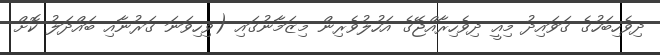
ދިވެހިބަހުގެ ގަވައިދު މިއީ ދިވެހިރާއްޖޭގެ އަހުލުވެރިން މިޒަމާނުގައި (ވިހިވަނަ ގަރުނާއި ބައްދަލު ކޮށް